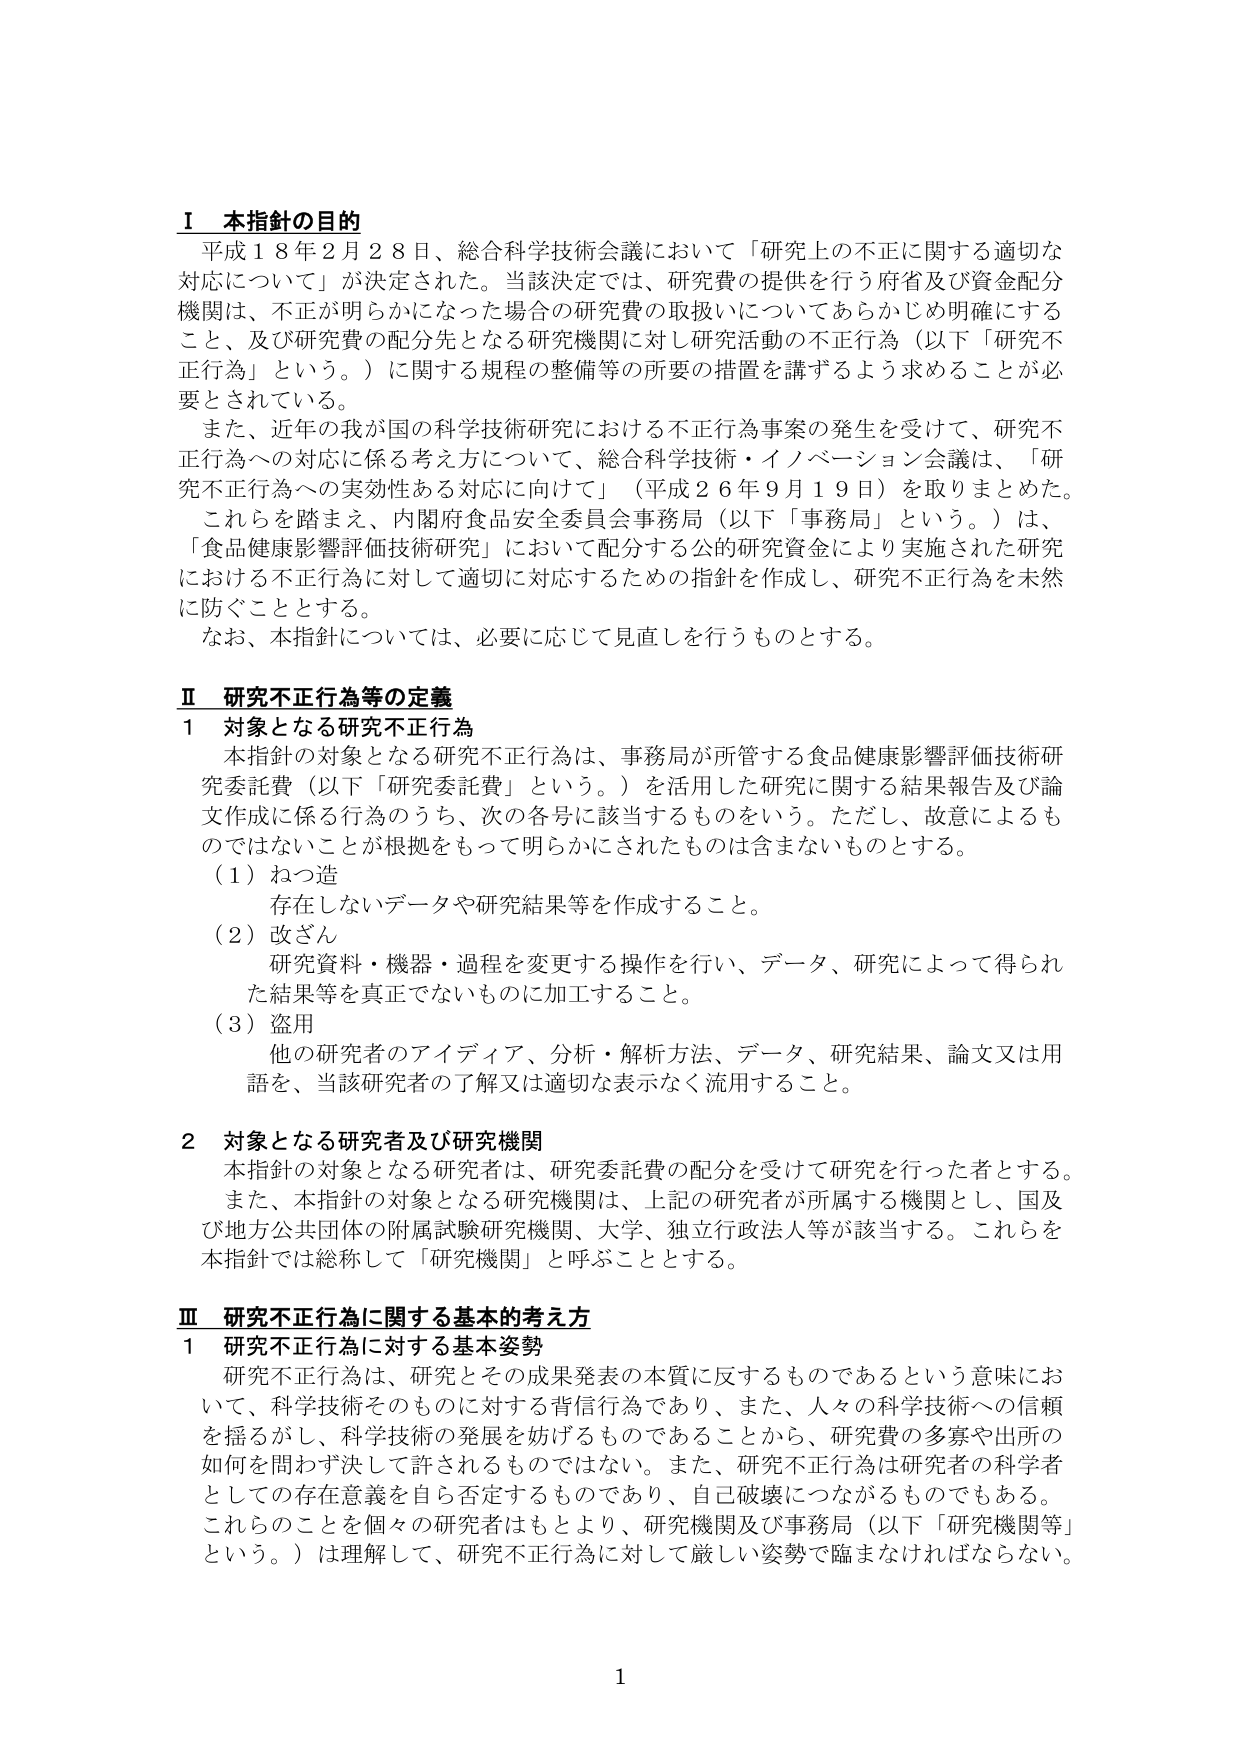
Ⅰ 本指針の目的
平成１８年２月２８日、総合科学技術会議において「研究上の不正に関する適切な対応について」が決定された。当該決定では、研究費の提供を行う府省及び資金配分機関は、不正が明らかになった場合の研究費の取扱いについてあらかじめ明確にすること、及び研究費の配分先となる研究機関に対し研究活動の不正行為（以下「研究不正行為」という。）に関する規程の整備等の所要の措置を講ずるよう求めることが必要とされている。
また、近年の我が国の科学技術研究における不正行為事案の発生を受けて、研究不正行為への対応に係る考え方について、総合科学技術・イノベーション会議は、「研究不正行為への実効性ある対応に向けて」（平成２６年９月１９日）を取りまとめた。
これらを踏まえ、内閣府食品安全委員会事務局（以下「事務局」という。）は、「食品健康影響評価技術研究」において配分する公的研究資金により実施された研究における不正行為に対して適切に対応するための指針を作成し、研究不正行為を未然に防ぐこととする。
なお、本指針については、必要に応じて見直しを行うものとする。

Ⅱ 研究不正行為等の定義
１ 対象となる研究不正行為
本指針の対象となる研究不正行為は、事務局が所管する食品健康影響評価技術研究委託費（以下「研究委託費」という。）を活用した研究に関する結果報告及び論文作成に係る行為のうち、次の各号に該当するものをいう。ただし、故意によるものではないことが根拠をもって明らかにされたものは含まないものとする。
（１）ねつ造
　存在しないデータや研究結果等を作成すること。
（２）改ざん
　研究資料・機器・過程を変更する操作を行い、データ、研究によって得られた結果等を真正でないものに加工すること。
（３）盗用
　他の研究者のアイディア、分析・解析方法、データ、研究結果、論文又は用語を、当該研究者の了解又は適切な表示なく流用すること。

２ 対象となる研究者及び研究機関
本指針の対象となる研究者は、研究委託費の配分を受けて研究を行った者とする。
また、本指針の対象となる研究機関は、上記の研究者が所属する機関とし、国及び地方公共団体の附属試験研究機関、大学、独立行政法人等が該当する。これらを本指針では総称して「研究機関」と呼ぶこととする。

Ⅲ 研究不正行為に関する基本的考え方
１ 研究不正行為に対する基本姿勢
研究不正行為は、研究とその成果発表の本質に反するものであるという意味において、科学技術そのものに対する背信行為であり、また、人々の科学技術への信頼を揺るがし、科学技術の発展を妨げるものであることから、研究費の多寡や出所の如何を問わず決して許されるものではない。また、研究不正行為は研究者の科学者としての存在意義を自ら否定するものであり、自己破壊につながるものでもある。
これらのことを見た研究者はもとより、研究機関及び事務局（以下「研究機関等」という。）は理解して、研究不正行為に対して厳しい姿勢で臨まなければならない。

1